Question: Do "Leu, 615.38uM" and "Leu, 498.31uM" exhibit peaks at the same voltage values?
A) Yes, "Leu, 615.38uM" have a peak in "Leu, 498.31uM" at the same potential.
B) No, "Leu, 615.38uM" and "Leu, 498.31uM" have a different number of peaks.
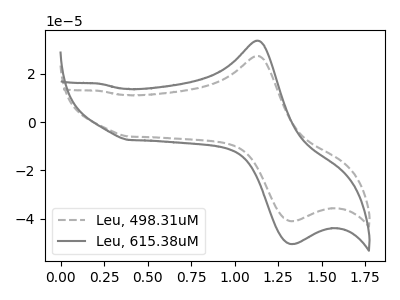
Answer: <think>The gray dashed curve "Leu, 498.31uM" has an anodic peak at (1.15V, 27.40uA) and a cathodic peak at (1.30V, -41.05uA). The gray curve "Leu, 615.38uM" has an anodic peak at (1.15V, 33.70uA) and a cathodic peak at (1.30V, -50.50uA).</think>
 <answer>A) Yes, "Leu, 615.38uM" have a peak in "Leu, 498.31uM" at the same potential.</answer>
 <eval>A</eval>